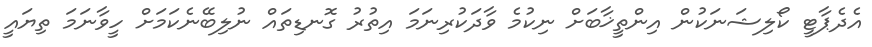
އެދެޕާޓީ ކޯލިޝަނަކުން އިންތީޚާބަށް ނިކުމެ ވާދަކުރިނަމަ އިތުރު ގޮނޑިތައް ނުލިބޭނެކަމަށް ހީވާނަމަ ތިޔައީ